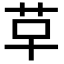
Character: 𮧓